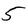
Character: 5